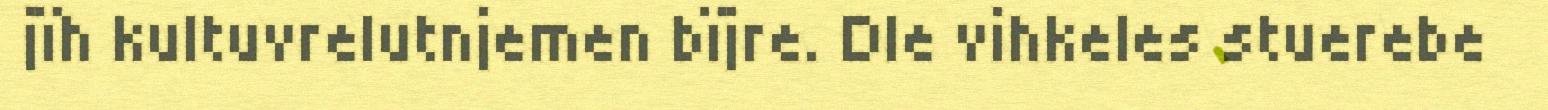
jïh kultuvrelutnjemen bïjre. Dle vihkeles stuerebe